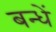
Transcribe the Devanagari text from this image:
बन्धें